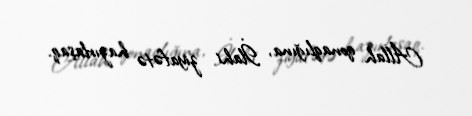
Allah qonaqlığına, İlahi ziyafətə hazırlaşaq.